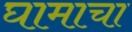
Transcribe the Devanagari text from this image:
घामाचा